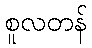
စူလတန်